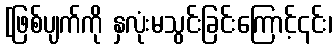
[ဖြစ်ပျက်ကို နှလုံးမသွင်းခြင်းကြောင့်၎င်း၊